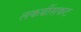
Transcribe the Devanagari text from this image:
लकबींसकट